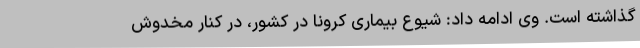
گذاشته است. وی ادامه داد: شیوع بیماری کرونا در کشور، در کنار مخدوش